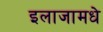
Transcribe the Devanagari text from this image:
इलाजामधे